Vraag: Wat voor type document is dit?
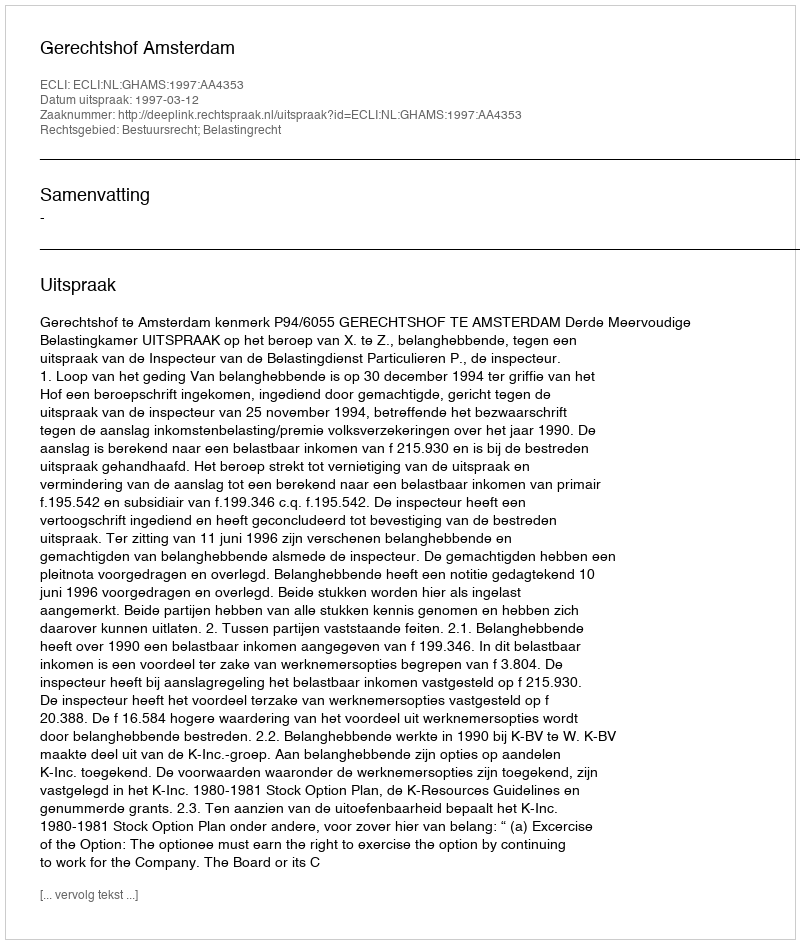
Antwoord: Uitspraak